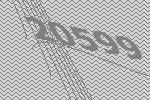
20599